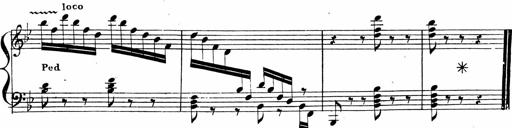
Title: 2 Piano Sonatinas
Composer: Ferdinand Ries